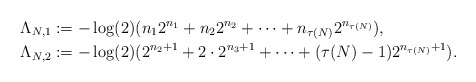
\begin{align*}\Lambda_{N,1} & :=-\log(2)(n_{1} 2^{n_{1}}+n_{2} 2^{n_{2}}+\cdots+n_{\tau(N)} 2^{n_{\tau(N)}}),\\\Lambda_{N,2} & :=-\log(2)(2^{n_{2}+1}+2\cdot 2^{n_{3}+1}+\cdots+(\tau(N)-1) 2^{n_{\tau(N)}+1}).\end{align*}